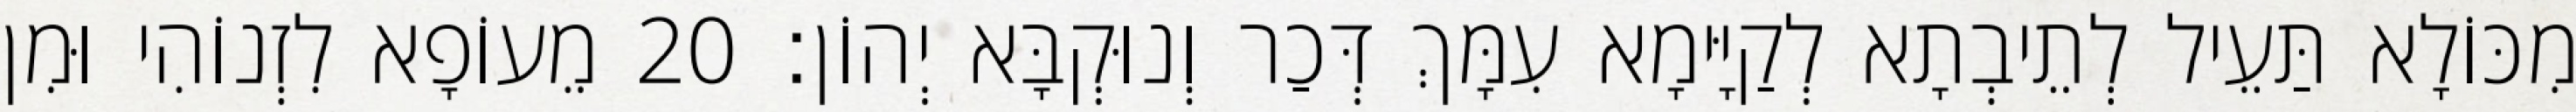
מִכּוֹלָא תַּעֵיל לְתֵיבְתָא לְקַיָּימָא עִמָּךְ דְּכַר וְנוּקְבָּא יְהוֹן׃ 20 מֵעוֹפָא לִזְנוֹהִי וּמִן